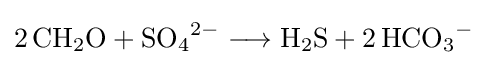
{2\,\mathrm {CH} {\vphantom {A}}_{\smash[{t}]{2}}\mathrm {O} {}+{}\mathrm {SO} {\vphantom {A}}_{\smash[{t}]{4}}{\vphantom {A}}^{2-}{}\mathrel {\longrightarrow } {}\mathrm {H} {\vphantom {A}}_{\smash[{t}]{2}}\mathrm {S} {}+{}2\,\mathrm {HCO} {\vphantom {A}}_{\smash[{t}]{3}}{\vphantom {A}}^{-}}